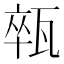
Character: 𤭢